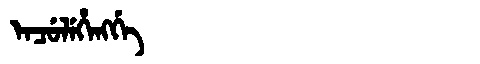
Manchu: ᡝᠨᠴᡠᠯᡝᡥᡝᠩᡤᡝ
Romanization: ENCULEHENGGE